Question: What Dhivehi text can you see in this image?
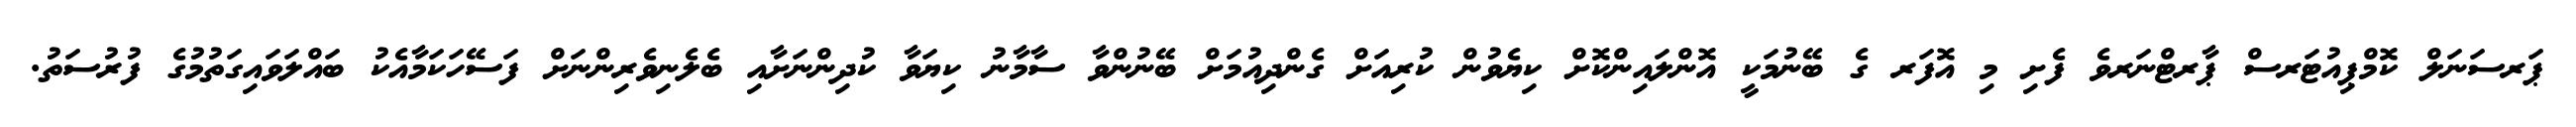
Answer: ޕަރސަނަލް ކޮމްޕިއުޓަރސް ޕާރޓްނަރވެ ފެށި މި އޮފަރ ގެ ބޭނުމަކީ އޮންލައިންކޮށް ކިޔެވުން ކުރިއަށް ގެންދިއުމަށް ބޭނުންވާ ސާމާނު ކިޔަވާ ކުދިންނަށާއި ބެލެނިވެރިންނަށް ފަސޭހަކަމާއެކު ބައްލަވައިގަތުމުގެ ފުރުސަތު.